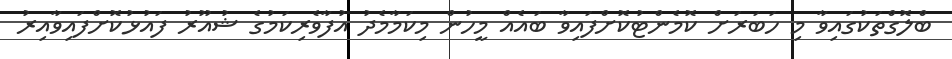
ބްލޮގްތަކުގައިވާ މި ހަބަރަށް ކޮމެންޓުކޮށްފައިވާ ބައެއް މީހުން މިކަމާމެދު އުފާވެރިކަމުގެ ޝުއޫރު ފައުޅުކޮށްފައިވާއިރު